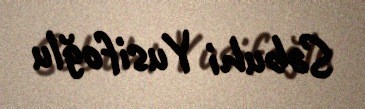
Səbuhi Yusifoğlu